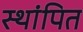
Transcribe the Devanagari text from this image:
स्थांपित